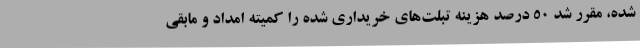
شده، مقرر شد 50 درصد هزینه تبلت‌های خریداری شده را کمیته امداد و مابقی